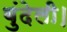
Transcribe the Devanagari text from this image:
बुंदेली।